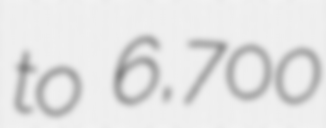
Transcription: to 6,700